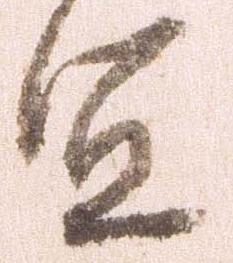
宜